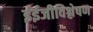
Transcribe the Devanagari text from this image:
ईईजीविश्लेषण